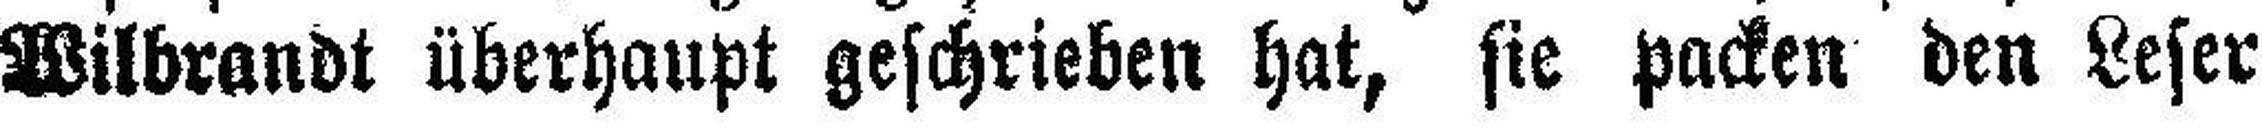
Wilbrandt überhaupt geschrieben hat, sie packen den Leser